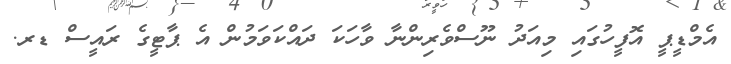
އެމްޑީޕީ އޮފީހުގައި މިއަދު ނޫސްވެރިންނާ ވާހަކަ ދައްކަވަމުން އެ ޕާޓީގެ ރައީސް ޑރ.